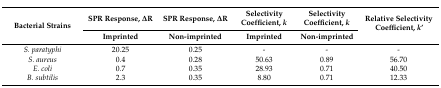
<table><thead><tr><td rowspan="2"><b>Bacterial Strains</b></td><td><b>SPR Response, ΔR</b></td><td><b>SPR Response, ΔR</b></td><td><b>Selectivity Coefficient, <i>k</i></b></td><td><b>Selectivity Coefficient, <i>k</i></b></td><td rowspan="2"><b>Relative Selectivity Coefficient, <i>k</i>’</b></td></tr><tr><td><b>Imprinted</b></td><td><b>Non-imprinted</b></td><td><b>Imprinted</b></td><td><b>Non-imprinted</b></td></tr></thead><tbody><tr><td><i>S. paratyphi</i></td><td>20.25</td><td>0.25</td><td>-</td><td>-</td><td>-</td></tr><tr><td><i>S. aureus</i></td><td>0.4</td><td>0.28</td><td>50.63</td><td>0.89</td><td>56.70</td></tr><tr><td><i>E. coli</i></td><td>0.7</td><td>0.35</td><td>28.93</td><td>0.71</td><td>40.50</td></tr><tr><td><i>B. subtilis</i></td><td>2.3</td><td>0.35</td><td>8.80</td><td>0.71</td><td>12.33</td></tr></tbody></table>